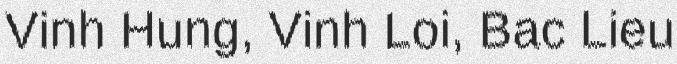
Vinh Hung, Vinh Loi, Bac Lieu